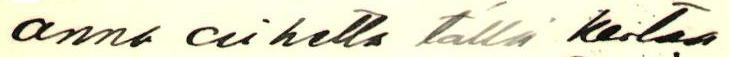
anna aihetta tällä kertaa